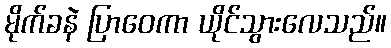
မိုက်ခနဲ ပြာဝေကာ ယိုင်သွားလေသည်။